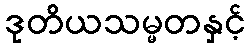
ဒုတိယသမ္မတနှင့်